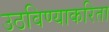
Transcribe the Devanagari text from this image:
उठविण्याकरिता